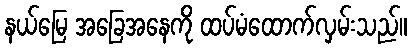
နယ်မြေ အခြေအနေကို ထပ်မံထောက်လှမ်းသည်။